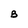
Character: B